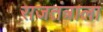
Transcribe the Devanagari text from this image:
राजतंत्राला